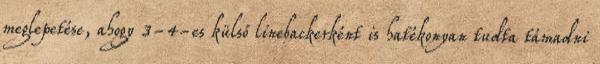
meglepetése, ahogy 3-4-es külső linebackerként is hatékonyan tudta támadni